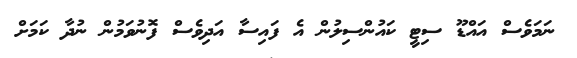
ނަމަވެސް އައްޑޫ ސިޓީ ކައުންސިލުން އެ ފައިސާ އަދިވެސް ފޮނުވަމުން ނުދާ ކަމަށް